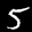
Digit: 5